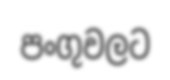
පංගුවලට